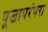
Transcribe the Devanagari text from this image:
पूजापरंपरा